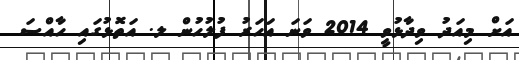
އަށް މިއަދު ވިދާޅުވީ 2014 ވަނަ އަހަރު ފުލުހުން ލ. އަތޮޅުގައި ހާއްސަ